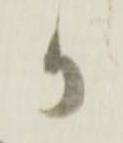
か